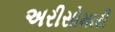
અરીસોમારી